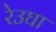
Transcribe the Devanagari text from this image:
रेउघा